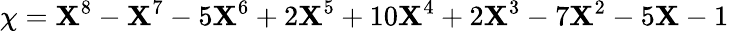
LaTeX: \chi=\mathbf{X}^{8}-\mathbf{X}^{7}-5\mathbf{X}^{6}+2\mathbf{X}^{5}+10\mathbf{X}^{4}+2\mathbf{X}^{3}-7\mathbf{X}^{2}-5\mathbf{X}-1